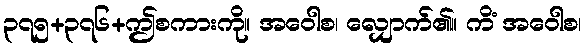
၃၇၅+၃၇၆+ဤစကားကို။ အဝေါစ၊ လျှောက်၏။ ကိံ အဝေါစ၊